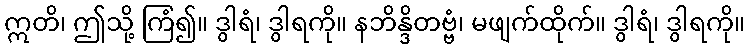
ဣတိ၊ ဤသို့ ကြံ၍။ ဒွါရံ၊ ဒွါရကို။ နဘိန္ဒိတဗ္ဗံ၊ မဖျက်ထိုက်။ ဒွါရံ၊ ဒွါရကို။